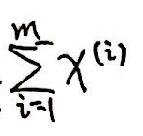
\[\sum_{i = 1}^{m} x^{(i)}\]